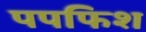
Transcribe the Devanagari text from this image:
पपफिश